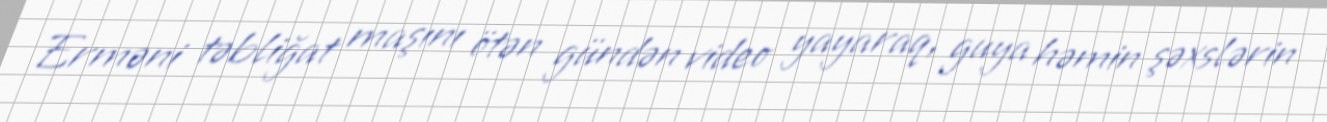
Erməni təbliğat maşını ötən gündən video yayaraq, guya həmin şəxslərin